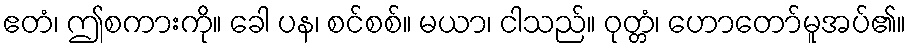
ဧတံ၊ ဤစကားကို။ ခေါ ပန၊ စင်စစ်။ မယာ၊ ငါသည်။ ဝုတ္တံ၊ ဟောတော်မူအပ်၏။